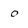
Character: o